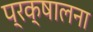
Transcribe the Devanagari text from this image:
प्रक्षालना